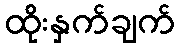
ထိုးနှက်ချက်